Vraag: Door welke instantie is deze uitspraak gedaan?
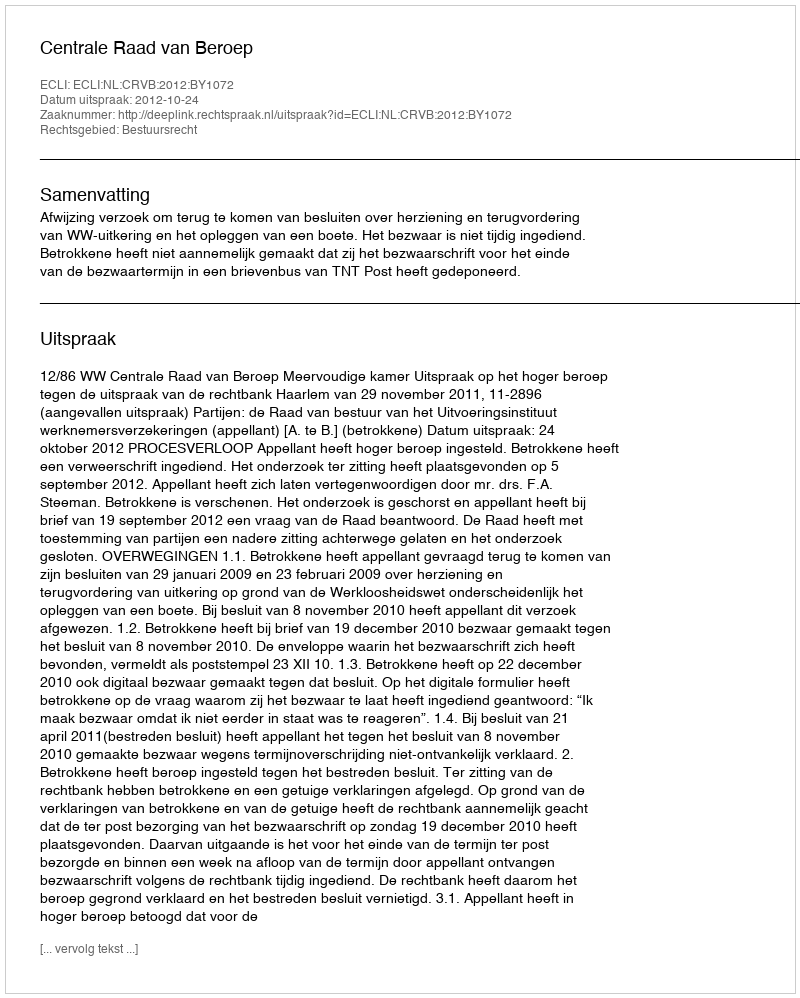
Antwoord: Centrale Raad van Beroep